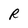
Character: R